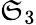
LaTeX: \mathfrak{S}_{3}